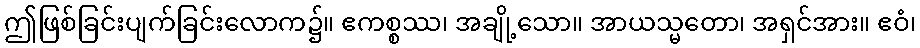
ဤဖြစ်ခြင်းပျက်ခြင်းလောက၌။ ဧကစ္စဿ၊ အချို့သော။ အာယသ္မတော၊ အရှင်အား။ ဧဝံ၊